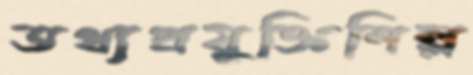
তথ্যপ্রযুক্তিশিল্প